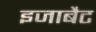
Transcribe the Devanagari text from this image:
इजाबैट